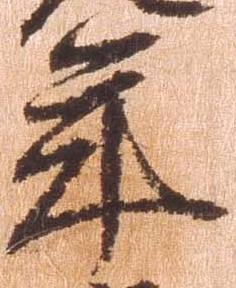
年